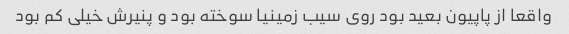
واقعا از پاپیون بعید بود روی سیب زمینیا سوخته بود و پنیرش خیلی کم بود